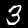
Label: 3